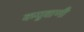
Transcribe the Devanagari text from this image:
कयुवाणी